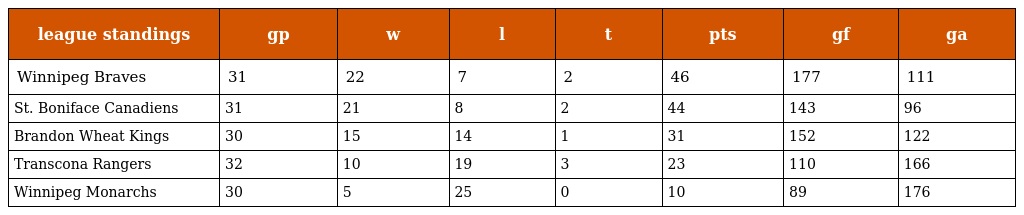
| league standings | gp | w | l | t | pts | gf | ga |
 | --- | --- | --- | --- | --- | --- | --- | --- |
 | Winnipeg Braves | 31 | 22 | 7 | 2 | 46 | 177 | 111 |
 | St. Boniface Canadiens | 31 | 21 | 8 | 2 | 44 | 143 | 96 |
 | Brandon Wheat Kings | 30 | 15 | 14 | 1 | 31 | 152 | 122 |
 | Transcona Rangers | 32 | 10 | 19 | 3 | 23 | 110 | 166 |
 | Winnipeg Monarchs | 30 | 5 | 25 | 0 | 10 | 89 | 176 |